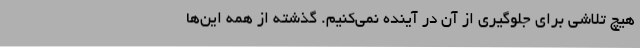
هیچ تلاشی برای جلوگیری از آن در آینده نمی‌کنیم. گذشته از همه این‌ها